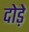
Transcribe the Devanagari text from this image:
दोड़े